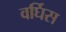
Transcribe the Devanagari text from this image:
वर्घिस